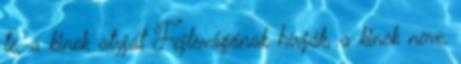
te, a kinek atyját Fejlevágónak hívják, a kinek neve,